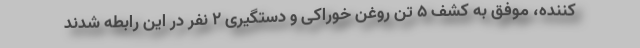
کننده، موفق به کشف ۵ تن روغن خوراکی و دستگیری ۲ نفر در این رابطه شدند